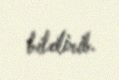
bildirib.